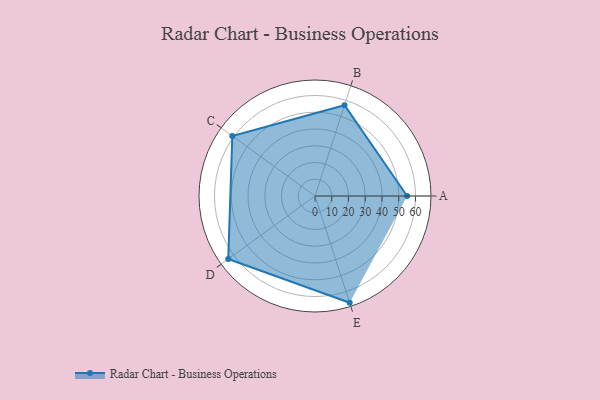
{"axis": {"x": "Skill", "y": "Score"}, "legend": ["Profile"], "data": [{"x": "A", "y": 55.0, "type": "Profile"}, {"x": "B", "y": 57.0, "type": "Profile"}, {"x": "C", "y": 61.0, "type": "Profile"}, {"x": "D", "y": 64.0, "type": "Profile"}, {"x": "E", "y": 67.0, "type": "Profile"}]}